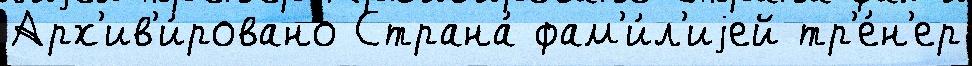
Арх'ив'и́ровано Страна́ фам'и́л'иjей тр'е́н'ер